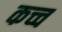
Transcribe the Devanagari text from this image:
कच्च